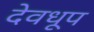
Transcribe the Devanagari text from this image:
देवधूप